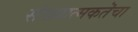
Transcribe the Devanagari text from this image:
संख्यात्मकतॆचा